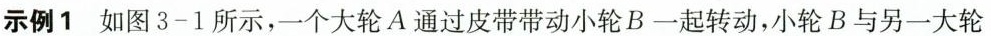
示例1 如图 3-1 所示，一个大轮 A 通过皮带带动小轮 B 一起转动，小轮 B 与另一大轮